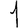
Digit: 1